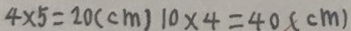
4 \times 5 = 2 0 ( c m ) 1 0 \times 4 = 4 0 ( c m )